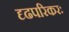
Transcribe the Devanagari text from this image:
दृढपरिकरः